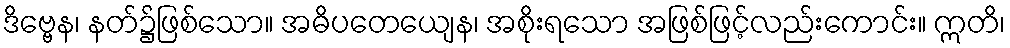
ဒိဗ္ဗေန၊ နတ်၌ဖြစ်သော။ အဓိပတေယျေန၊ အစိုးရသော အဖြစ်ဖြင့်လည်းကောင်း။ ဣတိ၊